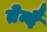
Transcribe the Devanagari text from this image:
तेन्दै